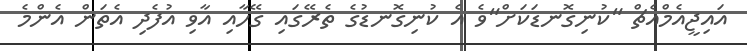
އައިޖީއެމްއެޗް "ކުނިގޮނޑަކަށް"ވެ އެ ކުނިގޮނޑުގެ ތެރޭގައި ގޭހާއި އާވި އުފެދި އެތަން އެންމެ